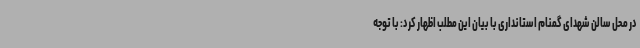
در محل سالن شهدای گمنام استانداری با بیان این مطلب اظهار کرد: با توجه